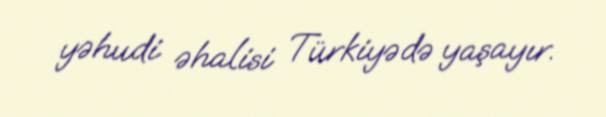
yəhudi əhalisi Türkiyədə yaşayır.